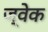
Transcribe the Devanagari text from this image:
ज्वेक